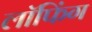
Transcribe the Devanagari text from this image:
लॉफिंग